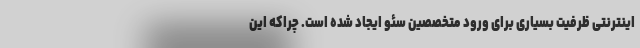
اینترنتی ظرفیت بسیاری برای ورود متخصصین سئو ایجاد شده است. چراکه این